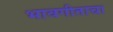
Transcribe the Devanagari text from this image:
भावगीताचा